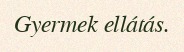
Gyermek ellátás.